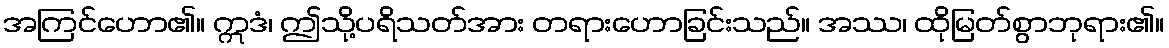
အကြင်ဟော၏။ ဣဒံ၊ ဤသို့ပရိသတ်အား တရားဟောခြင်းသည်။ အဿ၊ ထိုမြတ်စွာဘုရား၏။